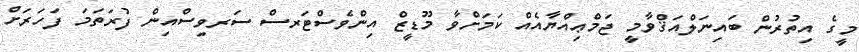
މީގެ އިތުރުން ބައިނަލްއަޤްވާމީ ޖަމްޢިއްޔާއެއް ކަމަށްވާ މޫޑީޒް އިންވެސްޓަރސް ސަރވިސްއިން ފުރަތަމަ ފަހަރަށް